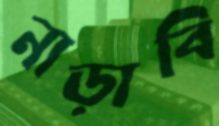
নাড়াবি